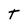
Character: T